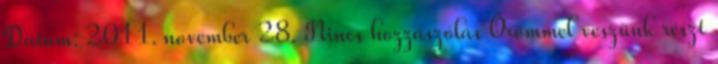
Dátum: 2011. november 28. Nincs hozzászólás Örömmel veszünk részt